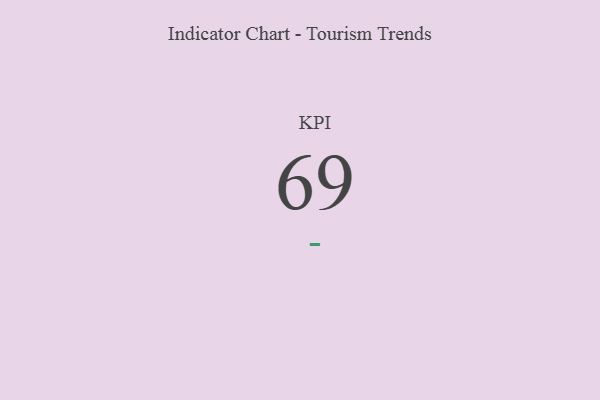
{"axis": {"x": "KPI", "y": "Value"}, "legend": [""], "data": [{"x": "KPI", "y": 69, "type": ""}]}